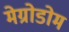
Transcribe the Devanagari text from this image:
मेग्रोडोम